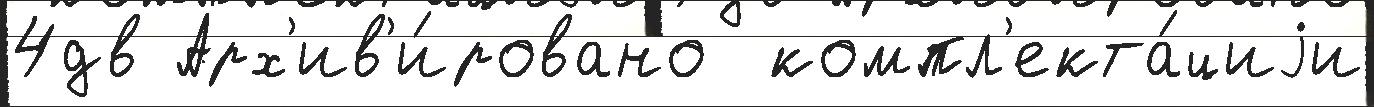
4дв Арх'ив'и́ровано  компл'екта́циjи